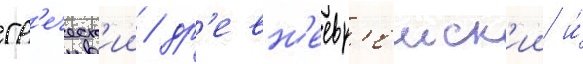
гр'еческ'ии / др'евн'еевр'еиск'ии и́